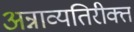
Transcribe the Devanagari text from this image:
अन्नाव्यतिरीक्त